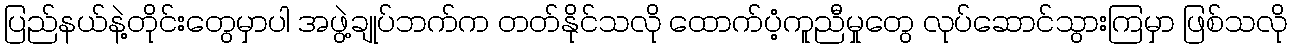
ပြည်နယ်နဲ့တိုင်းတွေမှာပါ အဖွဲ့ချုပ်ဘက်က တတ်နိုင်သလို ထောက်ပံ့ကူညီမှုတွေ လုပ်ဆောင်သွားကြမှာ ဖြစ်သလို